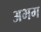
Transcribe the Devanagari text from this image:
अभग